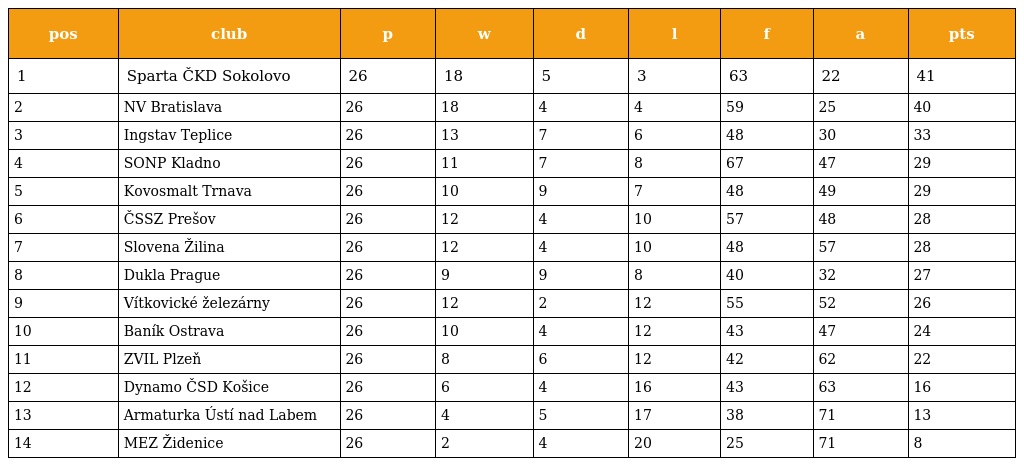
| pos | club | p | w | d | l | f | a | pts |
 | --- | --- | --- | --- | --- | --- | --- | --- | --- |
 | 1 | Sparta ČKD Sokolovo | 26 | 18 | 5 | 3 | 63 | 22 | 41 |
 | 2 | NV Bratislava | 26 | 18 | 4 | 4 | 59 | 25 | 40 |
 | 3 | Ingstav Teplice | 26 | 13 | 7 | 6 | 48 | 30 | 33 |
 | 4 | SONP Kladno | 26 | 11 | 7 | 8 | 67 | 47 | 29 |
 | 5 | Kovosmalt Trnava | 26 | 10 | 9 | 7 | 48 | 49 | 29 |
 | 6 | ČSSZ Prešov | 26 | 12 | 4 | 10 | 57 | 48 | 28 |
 | 7 | Slovena Žilina | 26 | 12 | 4 | 10 | 48 | 57 | 28 |
 | 8 | Dukla Prague | 26 | 9 | 9 | 8 | 40 | 32 | 27 |
 | 9 | Vítkovické železárny | 26 | 12 | 2 | 12 | 55 | 52 | 26 |
 | 10 | Baník Ostrava | 26 | 10 | 4 | 12 | 43 | 47 | 24 |
 | 11 | ZVIL Plzeň | 26 | 8 | 6 | 12 | 42 | 62 | 22 |
 | 12 | Dynamo ČSD Košice | 26 | 6 | 4 | 16 | 43 | 63 | 16 |
 | 13 | Armaturka Ústí nad Labem | 26 | 4 | 5 | 17 | 38 | 71 | 13 |
 | 14 | MEZ Židenice | 26 | 2 | 4 | 20 | 25 | 71 | 8 |